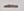
Text: -